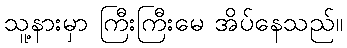
သူ့နားမှာ ကြီးကြီးမေ အိပ်နေသည်။